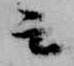
云